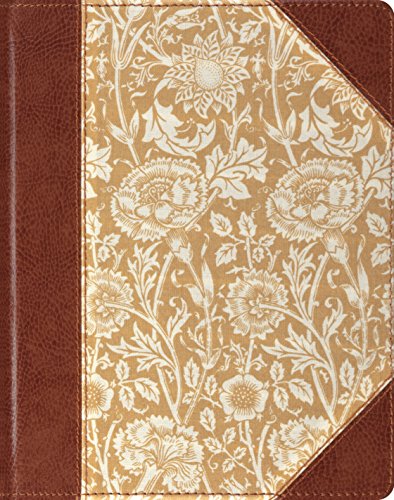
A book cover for ESV Single Column Journaling Bible (Antique Floral Design); ESV Bibles by Crossway; Christian Books & Bibles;